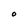
Character: O